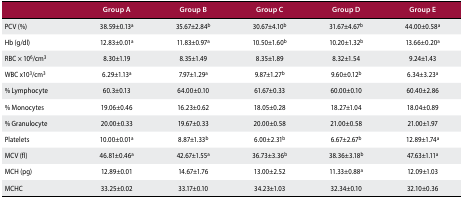
<table><thead><tr><td></td><td><b>Group A</b></td><td><b>Group B</b></td><td><b>Group C</b></td><td><b>Group D</b></td><td><b>Group E</b></td></tr></thead><tbody><tr><td>PCV (%)</td><td>38.59±0.13<sup>a</sup></td><td>35.67±2.84<sup>b</sup></td><td>30.67±4.10<sup>b</sup></td><td>31.67±4.67<sup>b</sup></td><td>44.00±0.58<sup>a</sup></td></tr><tr><td>Hb (g/dl)</td><td>12.83±0.01<sup>a</sup></td><td>11.83±0.97<sup>a</sup></td><td>10.50±1.60<sup>b</sup></td><td>10.20±1.32<sup>b</sup></td><td>13.66±0.20<sup>a</sup></td></tr><tr><td>RBC × 10<sup>6</sup>/cm<sup>3</sup></td><td>8.30±1.19</td><td>8.35±1.49</td><td>8.35±1.89</td><td>8.32±1.54</td><td>9.24±1.43</td></tr><tr><td>WBC x10<sup>3</sup>/cm<sup>3</sup></td><td>6.29±1.13<sup>a</sup></td><td>7.97±1.29<sup>a</sup></td><td>9.87±1.27<sup>b</sup></td><td>9.60±0.12<sup>b</sup></td><td>6.34±3.23<sup>a</sup></td></tr><tr><td>% Lymphocyte</td><td>60.3±0.13</td><td>64.00±0.10</td><td>61.67±0.33</td><td>60.00±0.10</td><td>60.40±2.86</td></tr><tr><td>% Monocytes</td><td>19.06±0.46</td><td>16.23±0.62</td><td>18.05±0.28</td><td>18.27±1.04</td><td>18.04±0.89</td></tr><tr><td>% Granulocyte</td><td>20.00±0.33</td><td>19.67±0.33</td><td>20.00±0.58</td><td>21.00±0.58</td><td>21.00±1.97</td></tr><tr><td>Platelets</td><td>10.00±0.01<sup>a</sup></td><td>8.87±1.33<sup>b</sup></td><td>6.00±2.31<sup>b</sup></td><td>6.67±2.67<sup>b</sup></td><td>12.89±1.74<sup>a</sup></td></tr><tr><td>MCV (fl)</td><td>46.81±0.46<sup>a</sup></td><td>42.67±1.55<sup>a</sup></td><td>36.73±3.36<sup>b</sup></td><td>38.36±3.18<sup>b</sup></td><td>47.63±1.11<sup>a</sup></td></tr><tr><td>MCH (pg)</td><td>12.89±0.01</td><td>14.67±1.76</td><td>13.00±2.52</td><td>11.33±0.88<sup>a</sup></td><td>12.09±1.03</td></tr><tr><td>MCHC</td><td>33.25±0.02</td><td>33.17±0.10</td><td>34.23±1.03</td><td>32.34±0.10</td><td>32.10±0.36</td></tr></tbody></table>